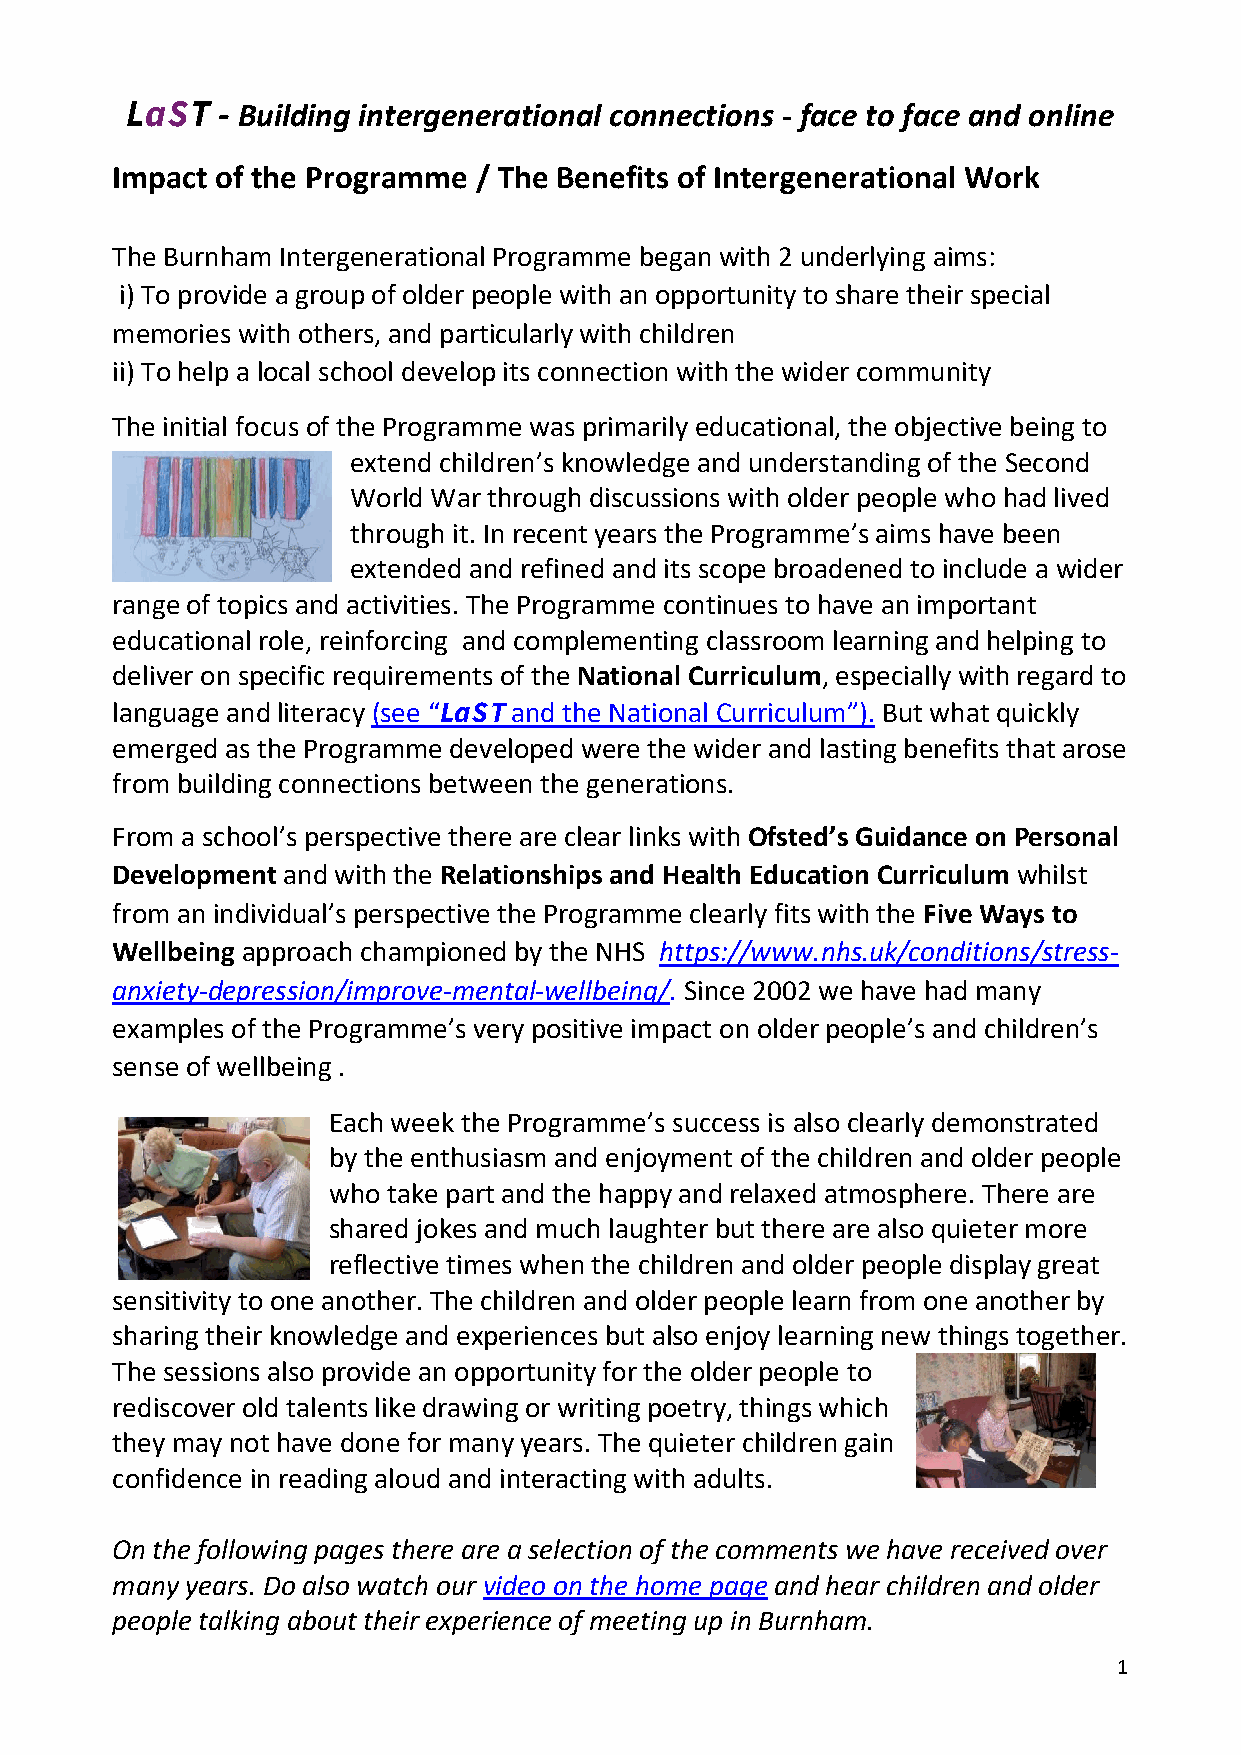
LaST  - Building intergenerational connections - face to face and online
 Impact of the Programme / The Benefits of Intergenerational Work
 The Burnham Intergenerational Programme began with 2 underlying aims:
 i) To provide a group of older people with an opportunity to share their special
 memories with others, and particularly with children
 ii) To help a local school develop its connection with the wider community
 The initial focus of the Programme was primarily educational, the objective being to
 extend children’s knowledge and understanding of the Second
 World War through discussions with older people who had lived
 through it. In recent years the Programme’s aims have been
 extended and refined and its scope broadened to include a wider
 range of topics and activities. The Programme continues to have an important
 educational role, reinforcing and complementing classroom learning and helping to
 deliver on specific requirements of the National Curriculum, especially with regard to
 language and literacy (see “LaST and the National Curriculum”). But what quickly
 emerged as the Programme developed were the wider and lasting benefits that arose
 from building connections between the generations.
 From a school’s perspective there are clear links with Ofsted’s Guidance on Personal
 Development and with the Relationships and Health Education Curriculum whilst
 from an individual’s perspective the Programme clearly fits with the Five Ways to
 Wellbeing approach championed by the NHS https://www.nhs.uk/conditions/stress-
 anxiety-depression/improve-mental-wellbeing/. Since 2002 we have had many
 examples of the Programme’s very positive impact on older people’s and children’s
 sense of wellbeing .
 Each week the Programme’s success is also clearly demonstrated
 by the enthusiasm and enjoyment of the children and older people
 who take part and the happy and relaxed atmosphere. There are
 shared jokes and much laughter but there are also quieter more
 reflective times when the children and older people display great
 sensitivity to one another. The children and older people learn from one another by
 sharing their knowledge and experiences but also enjoy learning new things together.
 The sessions also provide an opportunity for the older people to
 rediscover old talents like drawing or writing poetry, things which
 they may not have done for many years. The quieter children gain
 confidence in reading aloud and interacting with adults.
 On the following pages there are a selection of the comments we have received over
 many years. Do also watch our video on the home page and hear children and older
 people talking about their experience of meeting up in Burnham.
 1